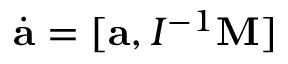
\dot { \bf a } = [ { \bf a } , I ^ { - 1 } { \bf M } ]